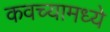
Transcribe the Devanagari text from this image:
कवच्यामध्ये